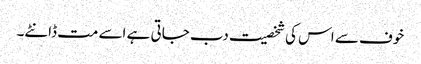
خوف سے اس کی شخصیت دب جاتی ہے اسے مت ڈانٹے۔